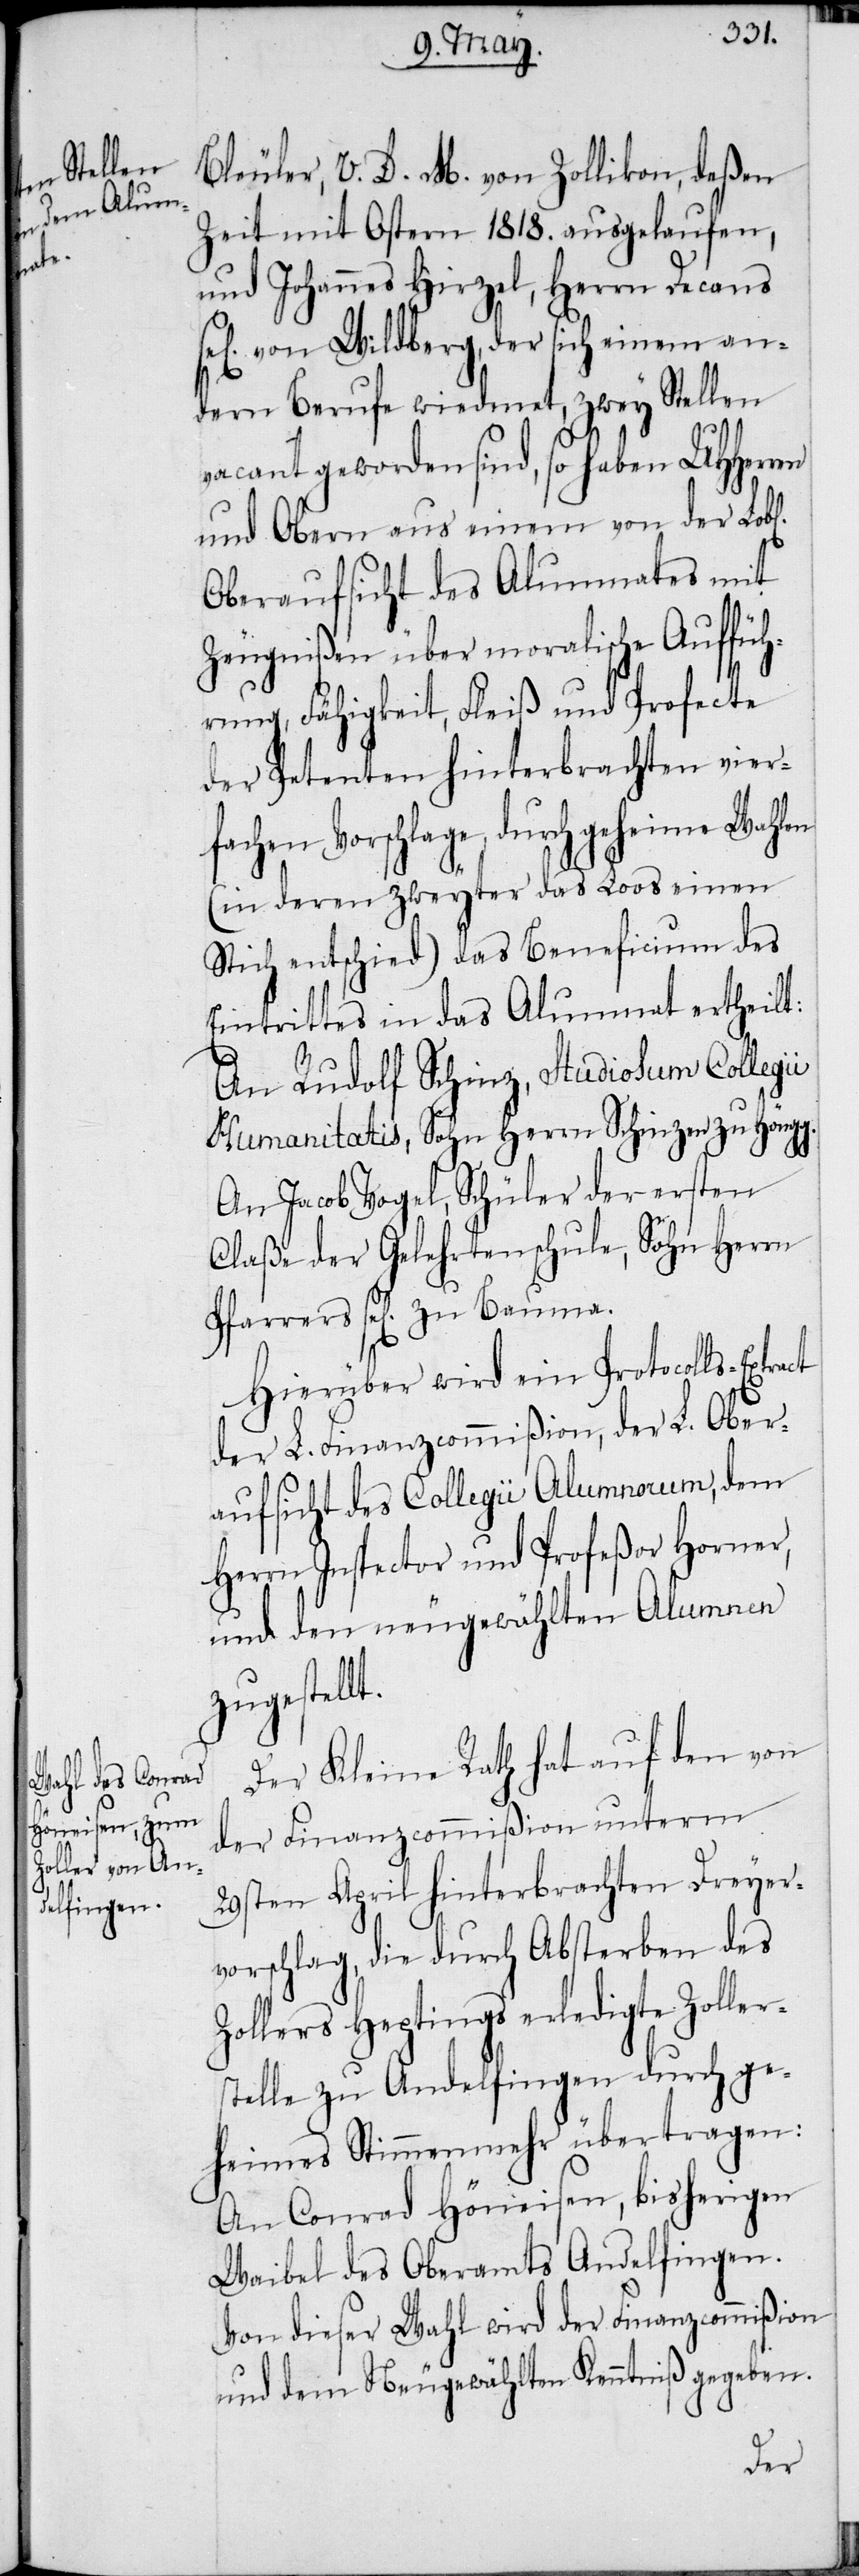
l[ichen]

t.

Bleuler, V. D. M. von Zollikon, deßen
Zeit mit Ostern 1818. ausgelaufen,
und Johannes Hirzel, Herrn Decans
von Wildberg, der sich einem an¬
dern Berufe wiedmet, zwey Stellen
vacant geworden sind, so haben UHHerr¬
und Obern aus einem von der Lob¬
Oberaufsicht des Alumnates mit
Zeugnißen über moralische Auffüh¬
rung, Fähigkeit, Fleiß und Profecte
der Petenten hinterbrachten vierf¬
achen Vorschlage, durch geheime Wahlen
(in deren zweyter das Loos einen
Stich entschied) das Beneficium des
Eintrittes in das Alumnat ertheilt:
An Rudolf Schinz, Studiosum Collegi¬
i Humanitatis, Sohn Herrn Schinzen zu Höngg.
An Jacob Vogel, Schüler der ersten
Claße der Gelehrtenschule, Sohn Herrn
Pfarrers sel[ig] zu Bauma.
Hierüber wird ein Protocolls-Extract
der L. Finanzcommißion, der L. Ober¬
aufsicht des Collegii Alumnorum, dem
Herrn Inspector und Profeßor Horner,
und den neugewählten Alumnen
zugestell¬
Der Kleine Rath hat auf den von
der Finanzcommißion unterm
29sten April hinterbrachten Dreyer¬
vorschlag, die durch Absterben des
Zollers Heptings erledigte Zoller¬
stelle zu Andelfingen durch ge¬
heimes Stimmenmehr übertragen:
An Conrad Höneisen, bisherigen
Waibel des Oberamts Andelfingen.
Von dieser Wahl wird der Finanzcommißion
und dem Neugewählten Kenntniß gegeben.